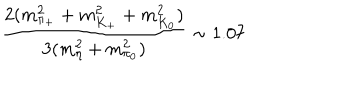
{ \frac { 2 ( m _ { \pi _ { + } } ^ { 2 } + m _ { K _ { + } } ^ { 2 } + m _ { K _ { 0 } } ^ { 2 } ) } { 3 ( m _ { \eta } ^ { 2 } + m _ { \pi _ { 0 } } ^ { 2 } ) } } \sim 1 . 0 7